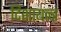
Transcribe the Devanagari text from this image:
दिशायन्त्र